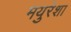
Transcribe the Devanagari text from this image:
मयुरेशा